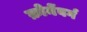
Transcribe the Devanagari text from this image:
क्रोनेंबर्ग